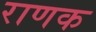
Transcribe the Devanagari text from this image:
राणक